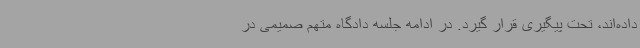
داده‌اند، تحت پیگیری قرار گیرد. در ادامه جلسه دادگاه متهم صمیمی در